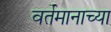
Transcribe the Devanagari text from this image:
वर्तमानाच्या